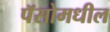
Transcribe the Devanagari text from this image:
पॅसोमधील